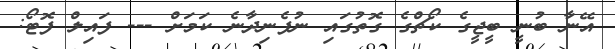
އޭނާ ބުނީ ބީޖީގެ ކޯޗްގެ ގޮތުގައި ނުފެނިދާނެ ކަމަށް --- ފައިލް ފޮޓޯ: